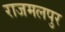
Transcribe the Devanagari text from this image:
राजमलपुर